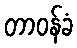
တာဝန်ခံ